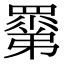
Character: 𥊽